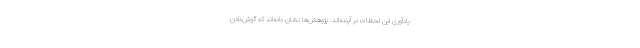
یادآوری این لحظات در آینده‌اند. پژوهش‌ها نشان داده‌اند که گوش‌دادن